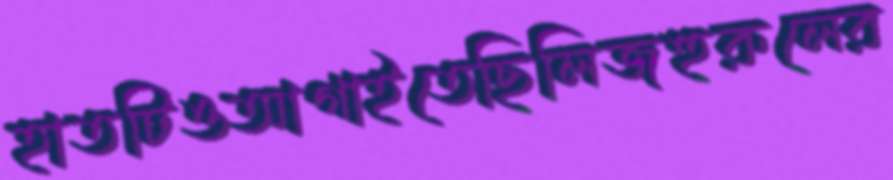
হাতটিওআগাইতেছিলিজহুরুলের